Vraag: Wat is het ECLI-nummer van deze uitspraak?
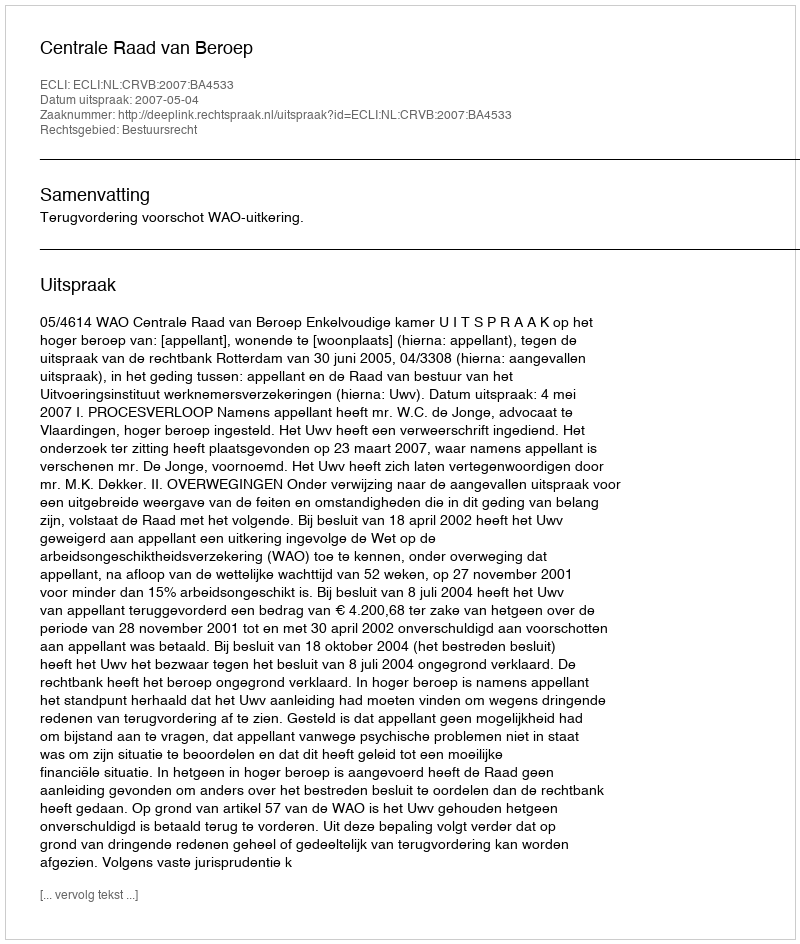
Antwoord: ECLI:NL:CRVB:2007:BA4533